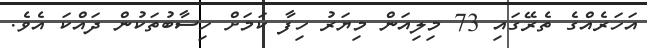
އަހަރެއްގެ ތެރޭގައި 73 މިލިއަން މިޔަރު ހިފާ ކަމަށް ހިސާބުތަކުން ދައްކަ އެވެ.